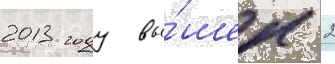
2013 году вы́шел 2